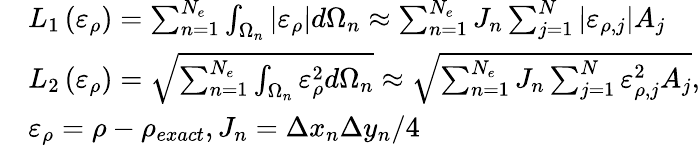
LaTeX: \begin{array}{rl}&{L_{1}\left(\varepsilon_{\rho}\right)=\sum_{n=1}^{N_{e}}\int_{\Omega_{n}}\left|\varepsilon_{\rho}\right|d\Omega_{n}\approx\sum_{n=1}^{N_{e}}J_{n}\sum_{j=1}^{N}\left|{\varepsilon}_{\rho,j}\right|A_{j}}\\ &{L_{2}\left(\varepsilon_{\rho}\right)=\sqrt{\sum_{n=1}^{N_{e}}\int_{\Omega_{n}}\varepsilon_{\rho}^{2}d\Omega_{n}}\approx\sqrt{\sum_{n=1}^{N_{e}}J_{n}\sum_{j=1}^{N}{\varepsilon}_{\rho,j}^{2}A_{j}},}\\ &{\varepsilon_{\rho}=\rho-\rho_{exact},J_{n}=\Delta x_{n}\Delta y_{n}/4}\end{array}